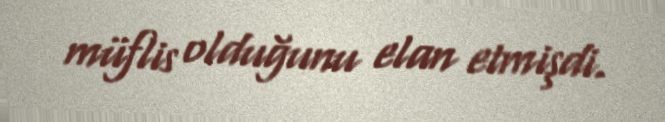
müflis olduğunu elan etmişdi.